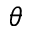
\theta